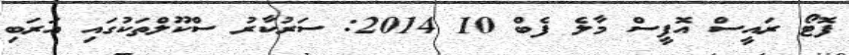
ފޮޓޯ ރައީސް އޮފީސް މާލެ ފެބް 10 2014: ސަރުކާރު ސްކޫލްތަކުގައި އަރަބި